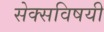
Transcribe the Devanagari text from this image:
सेक्सविषयी